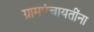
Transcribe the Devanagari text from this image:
ग्रामपंचायतींना